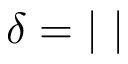
\delta = | \ |